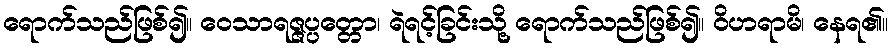
ရောက်သည်ဖြစ်၍။ ဝေသာရဇ္ဇပ္ပတ္တော၊ ရဲရင့်ခြင်းသို့ ရောက်သည်ဖြစ်၍။ ဝိဟရာမိ၊ နေရ၏။